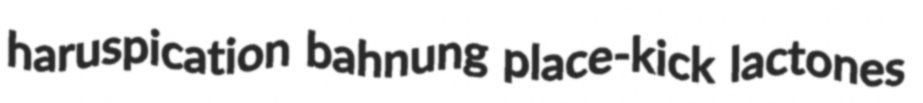
haruspication bahnung place-kick lactones